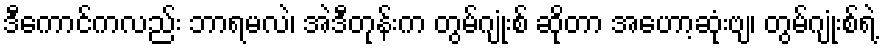
ဒီကောင်ကလည်း ဘာရမလဲ၊ အဲဒီတုန်းက တွမ်ဂျုံးစ် ဆိုတာ အဟော့ဆုံးဗျ၊ တွမ်ဂျုံးစ်ရဲ့